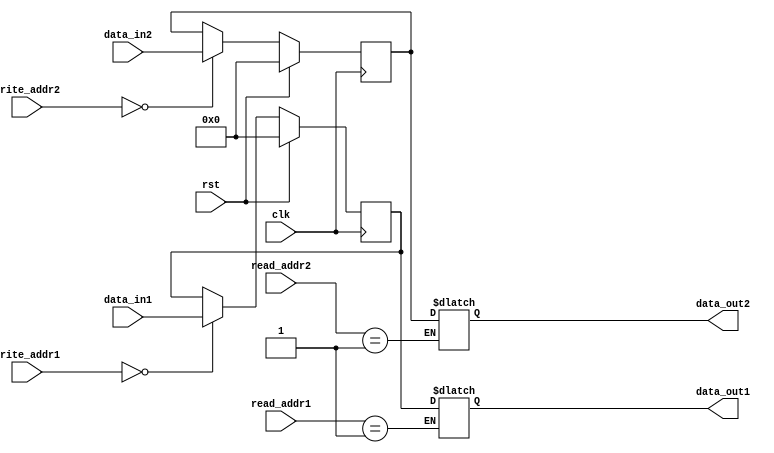
module dual_port_register(
    input wire clk,
    input wire rst,
    input wire [7:0] data_in1,
    input wire [7:0] data_in2,
    input wire [1:0] read_addr1,
    input wire [1:0] read_addr2,
    input wire [1:0] write_addr1,
    input wire [1:0] write_addr2,
    output reg [7:0] data_out1,
    output reg [7:0] data_out2
);

reg [7:0] reg1;
reg [7:0] reg2;

always @(posedge clk) begin
    if (rst) begin
        reg1 <= 8'h00;
        reg2 <= 8'h00;
    end else begin
        if (write_addr1 == 2'b00) begin
            reg1 <= data_in1;
        end
        if (write_addr2 == 2'b00) begin
            reg2 <= data_in2;
        end
    end
end

always @* begin
    if (read_addr1 == 2'b01) begin
        data_out1 <= reg1;
    end
    if (read_addr2 == 2'b01) begin
        data_out2 <= reg2;
    end
end

endmodule